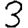
Digit: 3